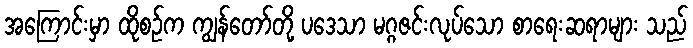
အကြောင်းမှာ ထိုစဉ်က ကျွန်တော်တို့ ပဒေသာ မဂ္ဂဇင်းလုပ်သော စာရေးဆရာများ သည်